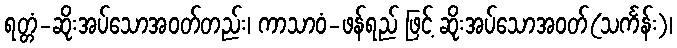
ရတ္တံ-ဆိုးအပ်သောအဝတ်တည်း၊ ကာသာဝံ-ဖန်ရည် ဖြင့် ဆိုးအပ်သောအဝတ်(သင်္ကန်း)၊